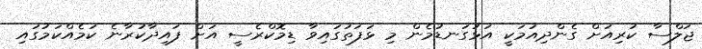
ޖަލްސާ ކުރިއަށް ގެންދިއުމަކީ އަޅުގަނޑުމެން މި ޅަފަތުގައިވާ ޑިމޮކްރެސީ އަށް ފައިދާކުރާނެ ކަމެއްކަމުގައި